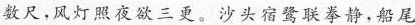
数尺，风灯照夜欲三更。沙头宿鹭联拳静，船尾